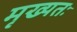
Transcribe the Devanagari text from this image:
मृख्यतः